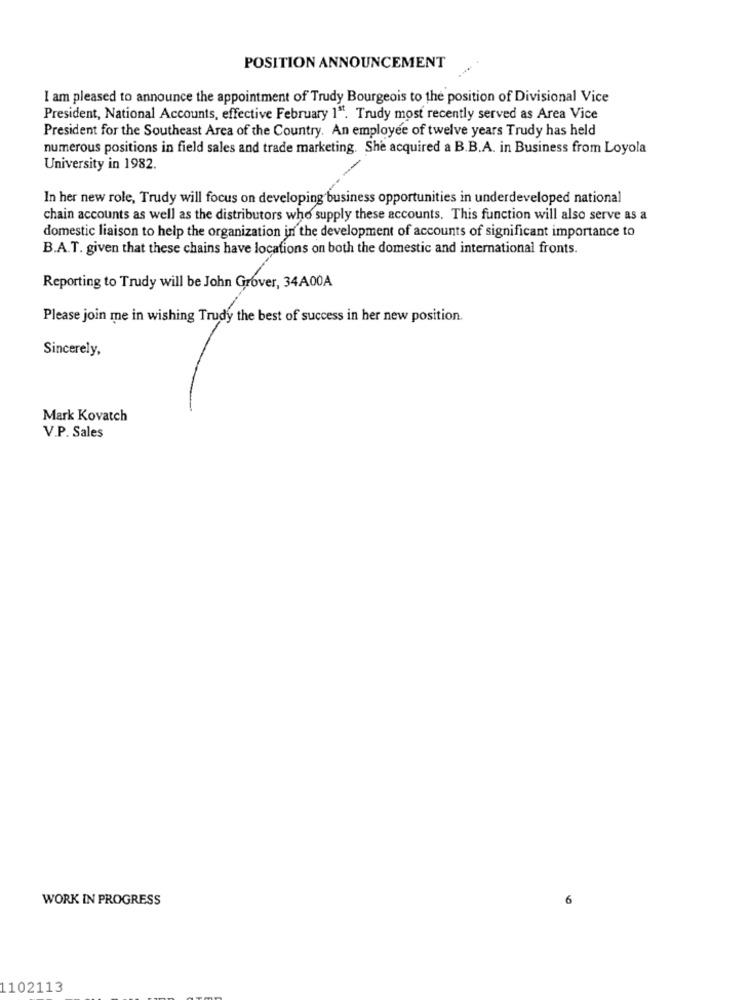
POSITION ANNOUNCEMENT
I am pleased to announce the appointment of Trudy Bourgeois to the position of Divisional Vice
President, National Accounts, effective February 1". Trudy most recently served as Area Vice
President for the Southeast Area of the Country. An employee of twelve years Trudy has held
numerous positions in field sales and trade marketing. She acquired a B.B.A. in Business from Loyola
University in 1982.
In her new role, Trudy will focus on developing business opportunities in underdeveloped national
chain accounts as well as the distributors who supply these accounts. This function will also serve as a
domestic liaison to help the organization in the development of accounts of significant importance to
B.A.T. given that these chains have locations on both the domestic and international fronts.
Reporting to Trudy will be John Grover, 34A00A
Please join me in wishing Trudy the best of success in her new position.
Sincerely,
Mark Kovatch
V.P. Sales
WORK IN PROGRESS
6
1102113